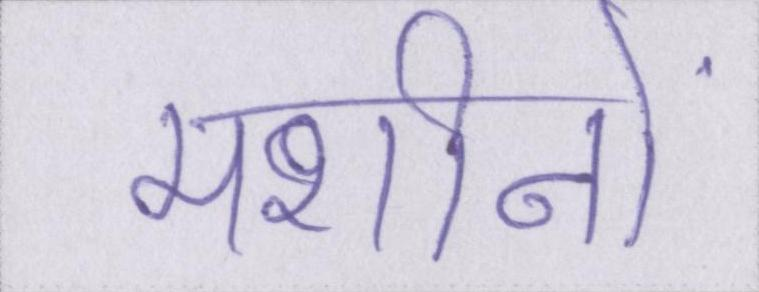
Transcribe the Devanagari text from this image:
मशीनों